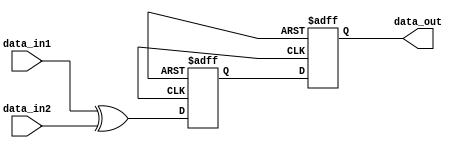
module timing_control_and_sync(
    input wire data_in1,
    input wire data_in2,
    output reg data_out
);

reg internal_signal;

always @ (posedge clk or negedge rst) begin
    if (!rst) begin
        internal_signal <= 1'b0;
        data_out <= 1'b0;
    end else begin
        internal_signal <= data_in1 ^ data_in2;
        data_out <= #10 internal_signal; // delay of 10 time units
    end
end

endmodule